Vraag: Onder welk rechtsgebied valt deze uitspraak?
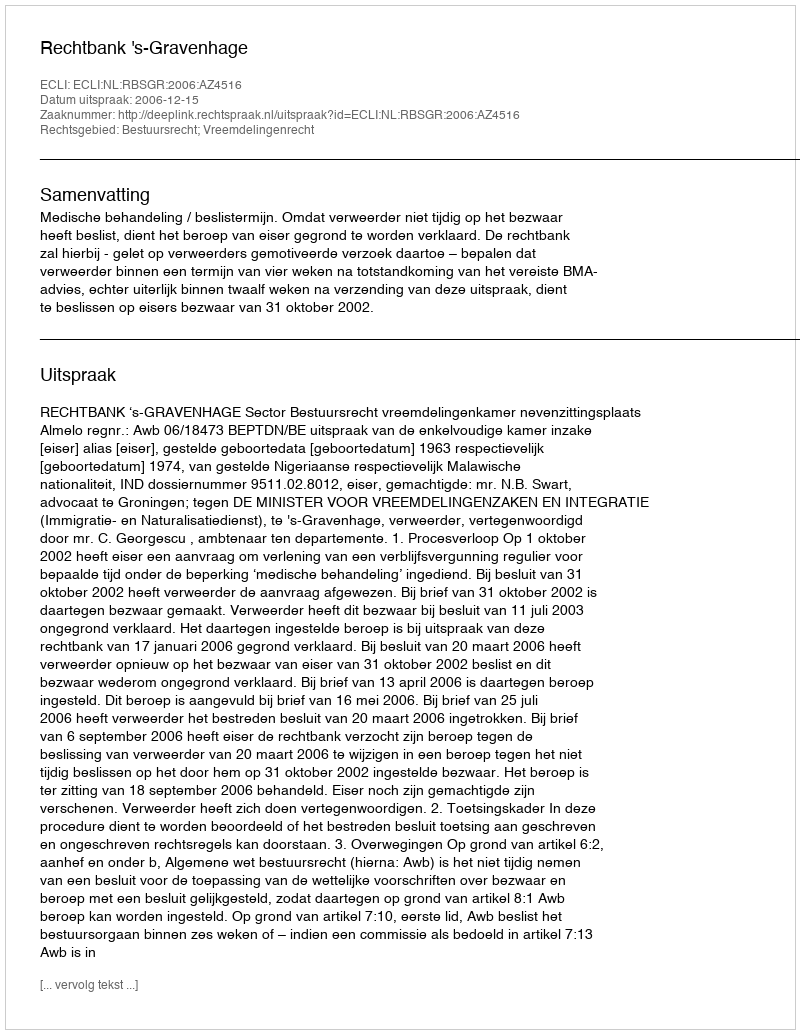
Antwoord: Bestuursrecht; Vreemdelingenrecht